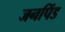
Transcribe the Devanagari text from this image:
जनपिंड